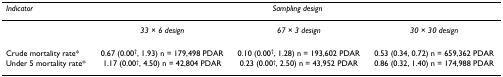
| Indicator | <COLSPAN=3> Sampling design |
 | --- | --- | --- | --- |
 |  | 33 × 6 design | 67 × 3 design | 30 × 30 design |
 | Crude mortality rate* | 0.67 (0.00†, 1.93) n = 179,498 PDAR | 0.10 (0.00†, 1.28) n = 193,602 PDAR | 0.53 (0.34, 0.72) n = 659,362 PDAR |
 | Under 5 mortality rate* | 1.17 (0.00†, 4.50) n = 42,804 PDAR | 0.23 (0.00†, 2.50) n = 43,952 PDAR | 0.86 (0.32, 1.40) n = 174,988 PDAR |